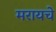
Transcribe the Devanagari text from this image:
मरायचे